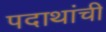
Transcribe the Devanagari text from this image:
पदाथांची